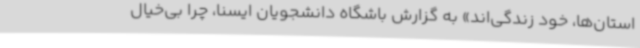
استان‌ها، خود زندگی‌اند» به گزارش باشگاه دانشجویان ایسنا، چرا بی‌خیال